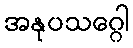
အနုပသဂ္ဂေါ